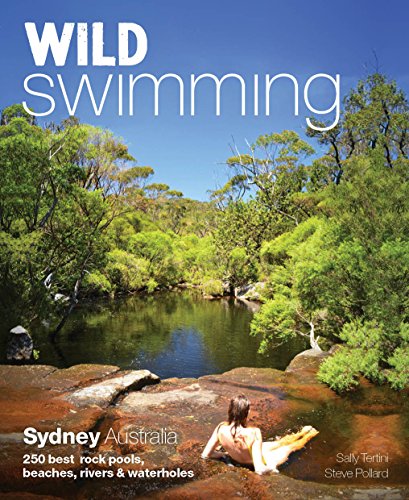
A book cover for Wild Swimming Sydney Australia: 250 Best Rock Pools, Beaches, Rivers & Waterholes; Sally Tertini; Travel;